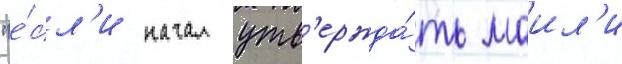
"е́сл'и начал утв'ержда́ть маил'и